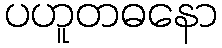
ပဟူတဓနော